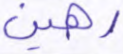
رهين